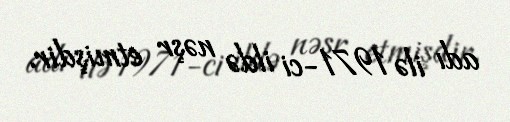
adı ilə 1971-ci ildə nəşr etmişdir.